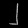
Digit: ၂